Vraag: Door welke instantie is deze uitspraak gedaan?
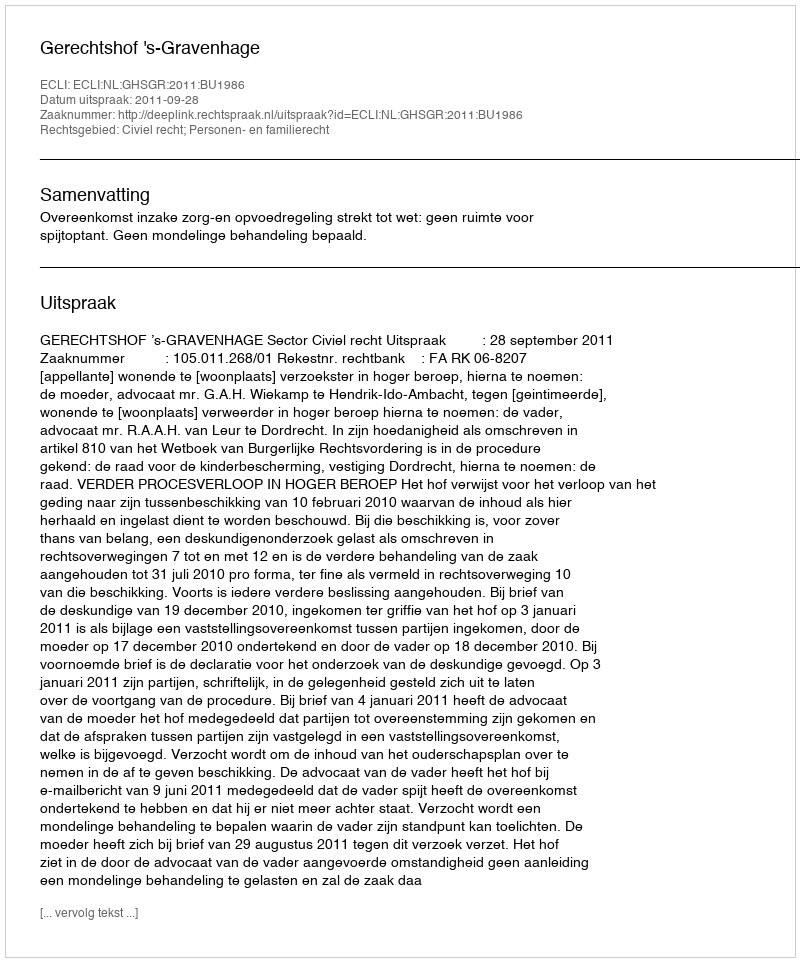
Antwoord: Gerechtshof 's-Gravenhage